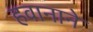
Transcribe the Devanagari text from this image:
हवानाने